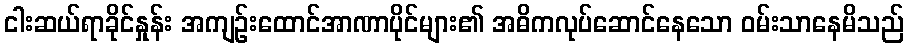
ငါးဆယ်ရာခိုင်နှုန်း အကျဉ်းထောင်အာဏာပိုင်များ၏ အဓိကလုပ်ဆောင်နေသော ဝမ်းသာနေမိသည်